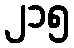
၂၁၅